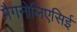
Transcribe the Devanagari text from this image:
मैगनोलिएसिई